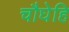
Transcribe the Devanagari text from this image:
चौघेहि